Lunatic asylums Punjab 1895-1910 - 1895-1910
Year: 1895
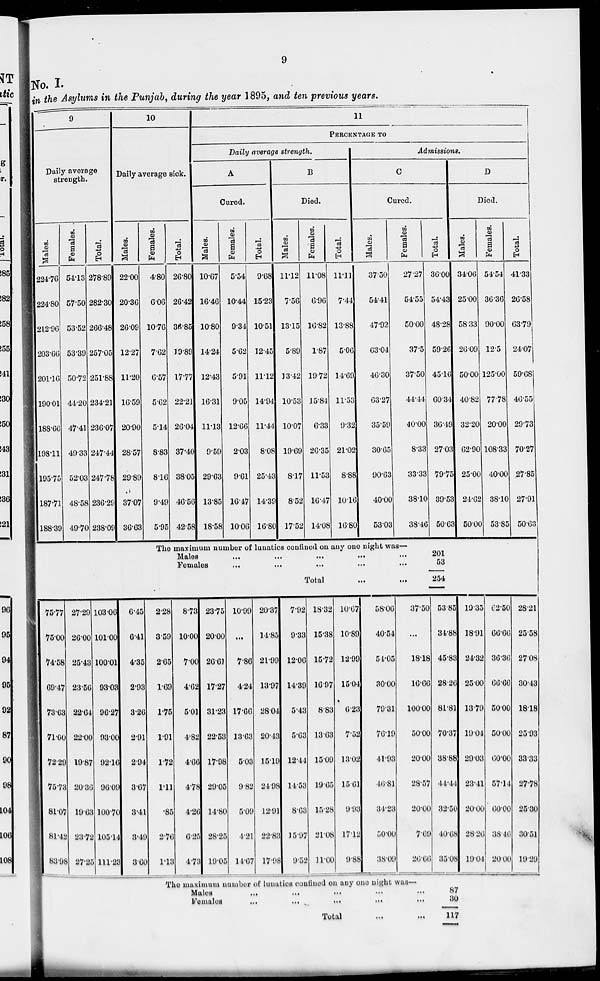
9
No. I.
in the Asylums in the Punjab, during the year 1895, and ten previous years.
9
Daily average
strength.
Males.
224.76
224.80
212.96
203.66
201.16
190.01
188.66
198.11
195.75
187.71
188.39
Females.
54.13
57.50
53.52
53.39
50.72
44.20
47.41
49.33
52.03
48.58
49.70
Total.
278.89
282.30
266.48
257.05
251.88
234.21
236.07
247.44
247.78
236.29
238.09
10
Daily average sick.
Males.
22.00
20.36
26.09
12.27
11.20
16.59
20.90
28.57
29.89
37.07
36.63
Females.
4.80
6.06
10.76
7.62
6.57
5.62
5.14
8.83
8.16
9.49
5.95
Total.
26.80
26.42
36.85
19.89
17.77
22.21
26.04
37.40
38.05
46.56
42.58
11
PERCENTAGE TO
Daily average strength.
A
Cured.
Males.
10.67
16.46
10.80
14.24
12.43
16.31
11.13
9.59
29.63
13.85
18.58
Females.
5.54
10.44
9.34
5.62
5.91
9.05
12.66
2.03
9.61
16.47
10.06
Total.
9.68
15.23
10.51
12.45
11.12
14.94
11.44
8.08
25.43
14.39
16.80
B
Died.
Males.
11.12
7.56
13.15
5.89
13.42
10.53
10.07
19.69
8.17
8.52
17.52
Females.
11.08
6.96
16.82
1.87
19.72
15.84
6.33
26.35
11.53
16.47
14.08
Total.
11.11
7.44
13.88
5.06
14.69
11.53
9.32
21.02
8.88
10.16
16.80
Admissions.
C
Cured.
Males.
37.50
54.41
47.92
63.04
46.30
63.27
35.59
30.65
90.63
40.00
53.03
Females.
27.27
54.55
50.00
37.5
37.50
44.44
40.00
8.33
33.33
38.10
38.46
Total.
36.00
54.43
48.28
59.26
45.16
60.34
36.49
27.03
79.75
39.52
50.63
D
Died.
Males.
34.06
25.00
58.33
26.09
50.00
40.82
32.20
62.90
25.00
24.62
50.00
Females.
54.54
36.36
90.00
12.5
125.00
77.78
20.00
108.33
40.00
38.10
53.85
Total.
41.33
26.58
63.79
24.07
59.68
46.55
29.73
70.27
27.85
27.91
50.63
The maximum number of lunatics confined on any one night was—
Males
...
...
...
...
...
Females...
...
...
...
...
Total
...
...
201
53
254
75.77
75.00
74.58
69.47
73.63
71.00
72.29
75.73
81.07
81.42
83.98
27.29
26.00
25.43
23.56
22.64
22.00
19.87
20.36
19.63
23.72
27.25
103.06
101.00
100.01
93.03
96.27
93.00
92.16
96.09
100.70
105.14
111.23
6.45
6.41
4.35
2.93
3.26
2.91
2.94
3.67
3.41
3.49
3.60
2.28
3.59
2.65
1.69
1.75
1.91
1.72
1.11
.85
2.76
1.13
8.73
10.00
7.00
4.62
5.01
4.82
4.66
4.78
4.26
6.25
4.73
2375
20.00
26.61
17.27
31.23
22.53
17.98
29.05
14.80
28.25
19.05
10.99
...
7.86
4.24
17.66
13.63
5.03
9.82
5.09
4.21
14.67
20.37
14.85
21.99
13.97
28.04
20.43
15.19
24.98
12.91
22.83
17.98
7.92
9.33
12.06
14.39
5.43
5.63
12.44
14.53
8.63
15.97
9.52
18.32
15.38
15.72
16.97
8.83
13.63
15.09
19.65
15.28
21.08
11.00
10.67
10.89
12.99
15.04
6.23
7.52
13.02
15.61
9.93
17.12
9.88
58.06
40.54
54.05
30.00
79.31
76.19
41.93
46.81
34.23
50.00
38.09
37.50
...
18.18
16.66
100.00
50.00
20.00
28.57
20.00
7.69
26.66
53.85
34.88
45.83
28.26
81.81
70.37
38.88
44.41
32.50
40.08
35.08
19.35
18.91
24.32
25.00
13.79
19.04
29.03
23.41
20.00
28.20
19.04
62.50
66.66
36.36
66.66
50.00
50.00
60.00
57.14
60.00
38.46
20.00
28.21
25.58
27.08
30.43
18.18
25.93
33.33
27.78
25.30
30.51
19.29
The maximum number of lunatics confined on any one night was—
Males
...
...
...
...
...
Females
... ... ... ... ...
Total ... ...
87
30
117